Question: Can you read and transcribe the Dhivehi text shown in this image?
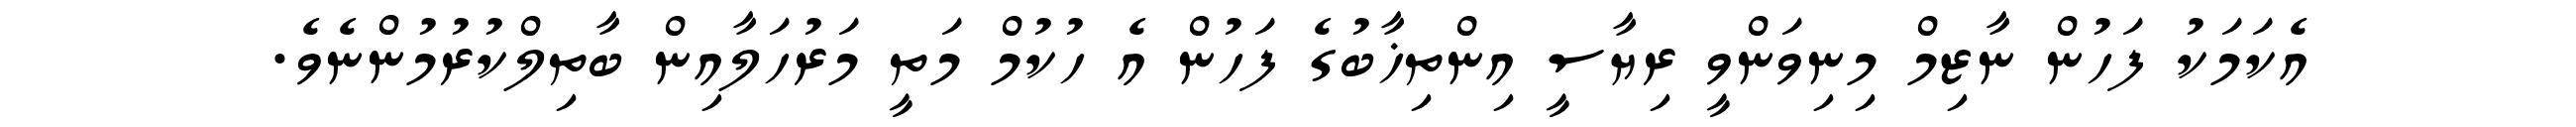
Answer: އެކަމަކު ފަހުން ނާޒިމް މިނިވަންވީ ރިޔާސީ އިންތިޚާބުގެ ފަހުން އެ ހުކުމް މަތީ މަރުހަލާއިން ބާތިލްކުރުމުންނެވެ.